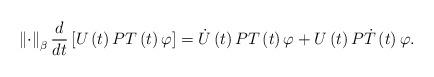
LaTeX: \begin{align*}\left\Vert \cdot\right\Vert _{\beta}\frac{d}{dt}\left[ U\left(t\right) PT\left( t\right) \varphi\right] =\dot{U}\left( t\right)PT\left( t\right) \varphi+U\left( t\right) P\dot{T}\left( t\right)\varphi. \end{align*}